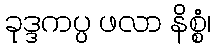
ခုဒ္ဒကပ္ပ ဖလာ နိစ္စံ၊